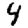
Digit: 4